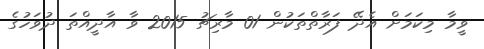
ވީމާ މިކަމަށް އެދޭ ފަރާތްތަކުން 01 މާރިޗު 2015 ވާ އާދީއްތަ ދުވަހުގެ